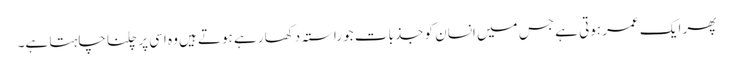
پھر ایک عمر ہوتی ہے جس میں انسان کو جذبات جو راستہ دکھا رہے ہوتے ہیں وہ اسی پر چلنا چاہتا ہے۔